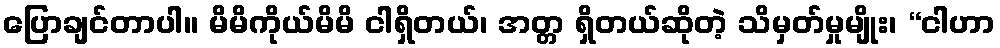
ပြောချင်တာပါ။ မိမိကိုယ်မိမိ ငါရှိတယ်၊ အတ္တ ရှိတယ်ဆိုတဲ့ သိမှတ်မှုမျိုး၊ “ငါဟာ